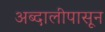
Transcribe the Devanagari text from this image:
अब्दालीपासून